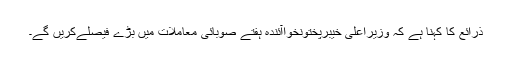
ذرائع کا کہنا ہے کہ وزیراعلیٰ خیبرپختونخواآئندہ ہفتے صوبائی معاملات میں بڑے فیصلےکریں گے۔